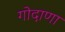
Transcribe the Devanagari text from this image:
गोदाणा